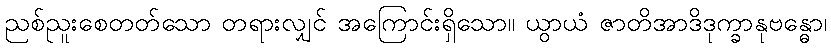
ညစ်ညူးစေတတ်သော တရားလျှင် အကြောင်းရှိသော။ ယွာယံ ဇာတိအာဒိဒုက္ခာနုဗန္ဓော၊